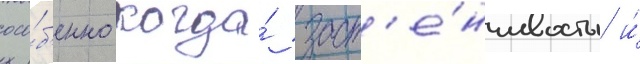
осо́б'енно когда́ заст'е́нчивость и́